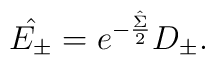
\hat{E_{\pm}}=e^{-\frac{\hat{\Sigma}}{2}}D_{\pm}.